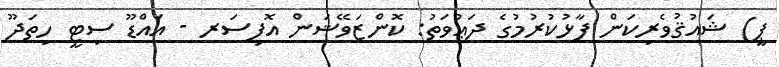
ޕީ) ޝައުޤުވެރިކަން ފާޅުކުރުމުގެ ދަޢުވަތު: ކޮންޒަވޭޝަން އޮފިސަރ - އައްޑޫ ސިޓީ ހިތަދޫ